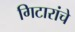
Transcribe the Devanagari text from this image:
गिटारांचे